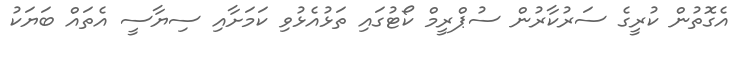
އެގޮތުން ކުރީގެ ސަރުކާރުން ސުޕްރީމް ކޯޓުގައި ތަޅުއެޅުވި ކަމަށާއި ސިޔާސީ އެތައް ބަޔަކު